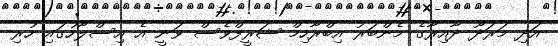
އަދި މަރަދޫ ދާއިރާގެ މެންބަރު އިބްރާހިމް ޝަރީފްވެސް ވަނީ އެ އިސްލާހުގައި ހުރި